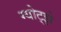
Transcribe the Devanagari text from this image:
ग्योट्झे